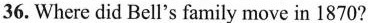
36. Where did Bell's family move in 1870?